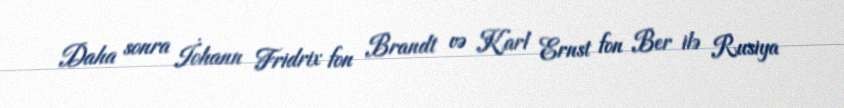
Daha sonra İohann Fridrix fon Brandt və Karl Ernst fon Ber ilə Rusiya